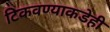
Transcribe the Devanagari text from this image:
टिकवण्याकडेही